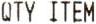
QTY ITEM